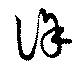
謹